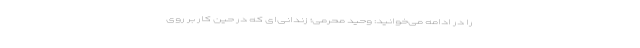
را در ادامه می‌خوانید: وحید محرمی؛ زندانی‌ای که در حین کار بر روی